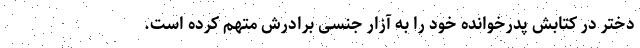
دختر در کتابش پدرخوانده خود را به آزار جنسی برادرش متهم کرده است.